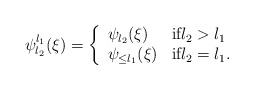
\begin{align*}\psi^{l_1}_{l_2}(\xi)= \left\{ \begin{array}{ll}\psi_{l_2}(\xi) & \textup{if} l_2> l_1\\\psi_{\leq l_1}(\xi) & \textup{if} l_2=l_1.\\\end{array}\right.\end{align*}